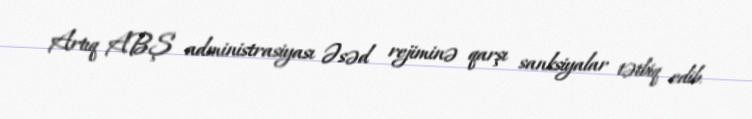
Artıq ABŞ administrasiyası Əsəd rejiminə qarşı sanksiyalar tətbiq edib.